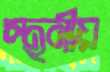
স্থনীয়